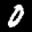
Label: 0